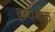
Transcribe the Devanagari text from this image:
द्व्यर्थक